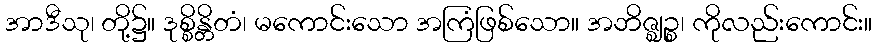
အာဒီသု၊ တို့၌။ ဒုစ္စိန္တိတံ၊ မကောင်းသော အကြံဖြစ်သော။ အဘိဇ္ဈဉ္စ၊ ကိုလည်းကောင်း။